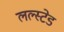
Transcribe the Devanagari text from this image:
लल्स्टेड